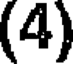
(4)